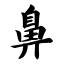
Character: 鼻